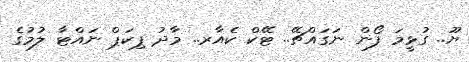
ޔޫ.. ގުޅީމަ ފޯން ނަގައްޗޭ.. ޓޭކް ކެއާރ.. މާދު ޕިކަޕް ނައްޓާ ލުމުގެ